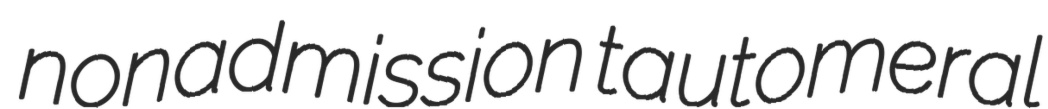
nonadmission tautomeral